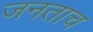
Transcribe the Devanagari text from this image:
जनताच